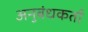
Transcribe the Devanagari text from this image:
अनुबंधकर्ता